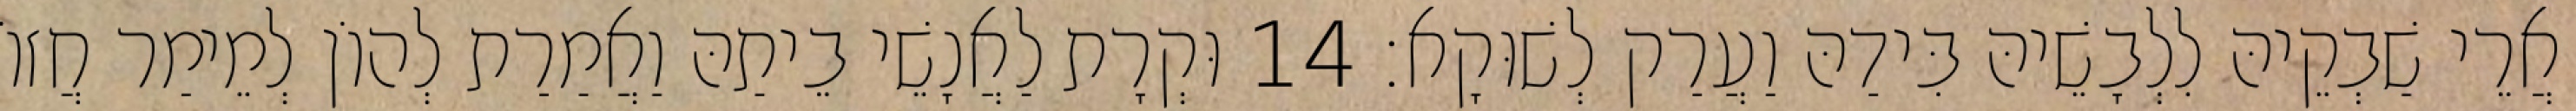
אֲרֵי שַׁבְקֵיהּ לִלְבָשֵׁיהּ בִּידַהּ וַעֲרַק לְשׁוּקָא׃ 14 וּקְרָת לַאֲנָשֵׁי בֵיתַהּ וַאֲמַרַת לְהוֹן לְמֵימַר חֲזוֹ